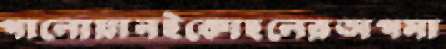
পালোয়ানইকোহলেরঅপমা